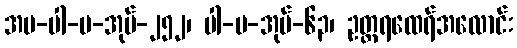
အပ-ပါ-ပ-အုပ်-၂၅၂၊ ပါ-ပ-အုပ်-၆၃၊ ဥတ္တရထေရ်အလောင်း